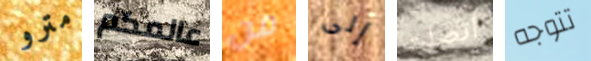
مترو عالمكم من إلى أتصلت تتوجه